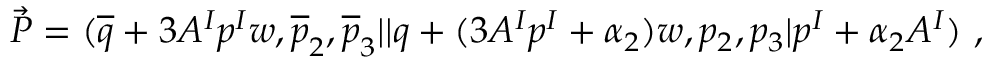
{ \vec { P } } = ( { \overline { { q } } } + 3 A ^ { I } p ^ { I } w , { \overline { { p } } } _ { 2 } , { \overline { { p } } } _ { 3 } \vert \vert q + ( 3 A ^ { I } p ^ { I } + \alpha _ { 2 } ) w , p _ { 2 } , p _ { 3 } \vert p ^ { I } + \alpha _ { 2 } A ^ { I } ) ~ ,